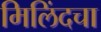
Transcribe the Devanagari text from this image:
मिलिंदचा